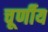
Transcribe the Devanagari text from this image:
चूर्णीय